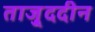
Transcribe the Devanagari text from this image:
ताजु्ददीन